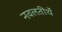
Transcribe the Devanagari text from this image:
नवलतीर्थे